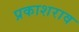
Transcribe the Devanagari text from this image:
प्रकाशराव